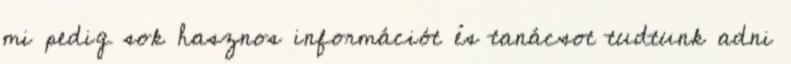
mi pedig sok hasznos információt és tanácsot tudtunk adni